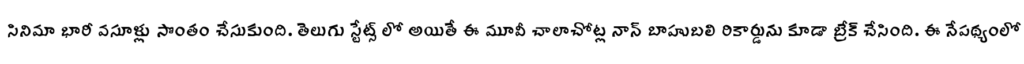
సినిమా భారీ వసూళ్లు సొంతం చేసుకుంది. తెలుగు స్టేట్స్ లో అయితే ఈ మూవీ చాలాచోట్ల నాన్ బాహుబలి రికార్డును కూడా బ్రేక్ చేసింది. ఈ నేపథ్యంలో